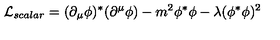
{ \cal L } _ { s c a l a r } = ( \partial _ { \mu } \phi ) ^ { \ast } ( \partial ^ { \mu } \phi ) - m ^ { 2 } \phi ^ { \ast } \phi - \lambda ( \phi ^ { \ast } \phi ) ^ { 2 }